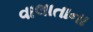
વાલાતાના